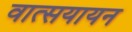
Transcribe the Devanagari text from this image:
वात्सयायन